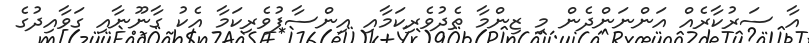
އާ ސަރުކާރެއް އަންނަންދެން މި ޒިންމާ ތެދުވެރިކަމާއި އިންސާފުވެރިކަމާ އެކު ގާނޫނާއި ގަވާއިދުގެ